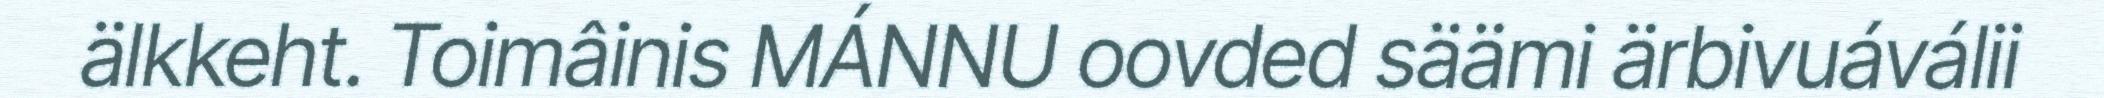
älkkeht. Toimâinis MÁNNU oovded säämi ärbivuáválii